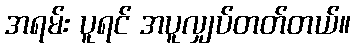
အရမ်း ပူရင် အပူလျှပ်တတ်တယ်။